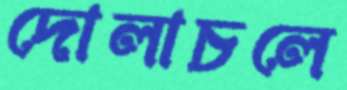
দোলাচলে